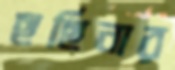
ছর্ছিনার